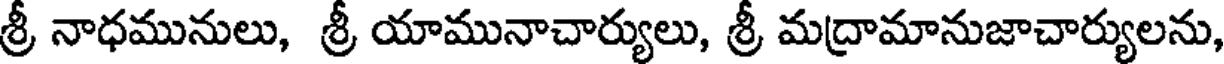
శ్రీ నాధమునులు, శ్రీ యామునాచార్యులు, శ్రీ మద్రామానుజాచార్యులను,